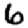
Digit: 6